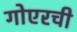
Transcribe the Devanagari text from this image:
गोएरची